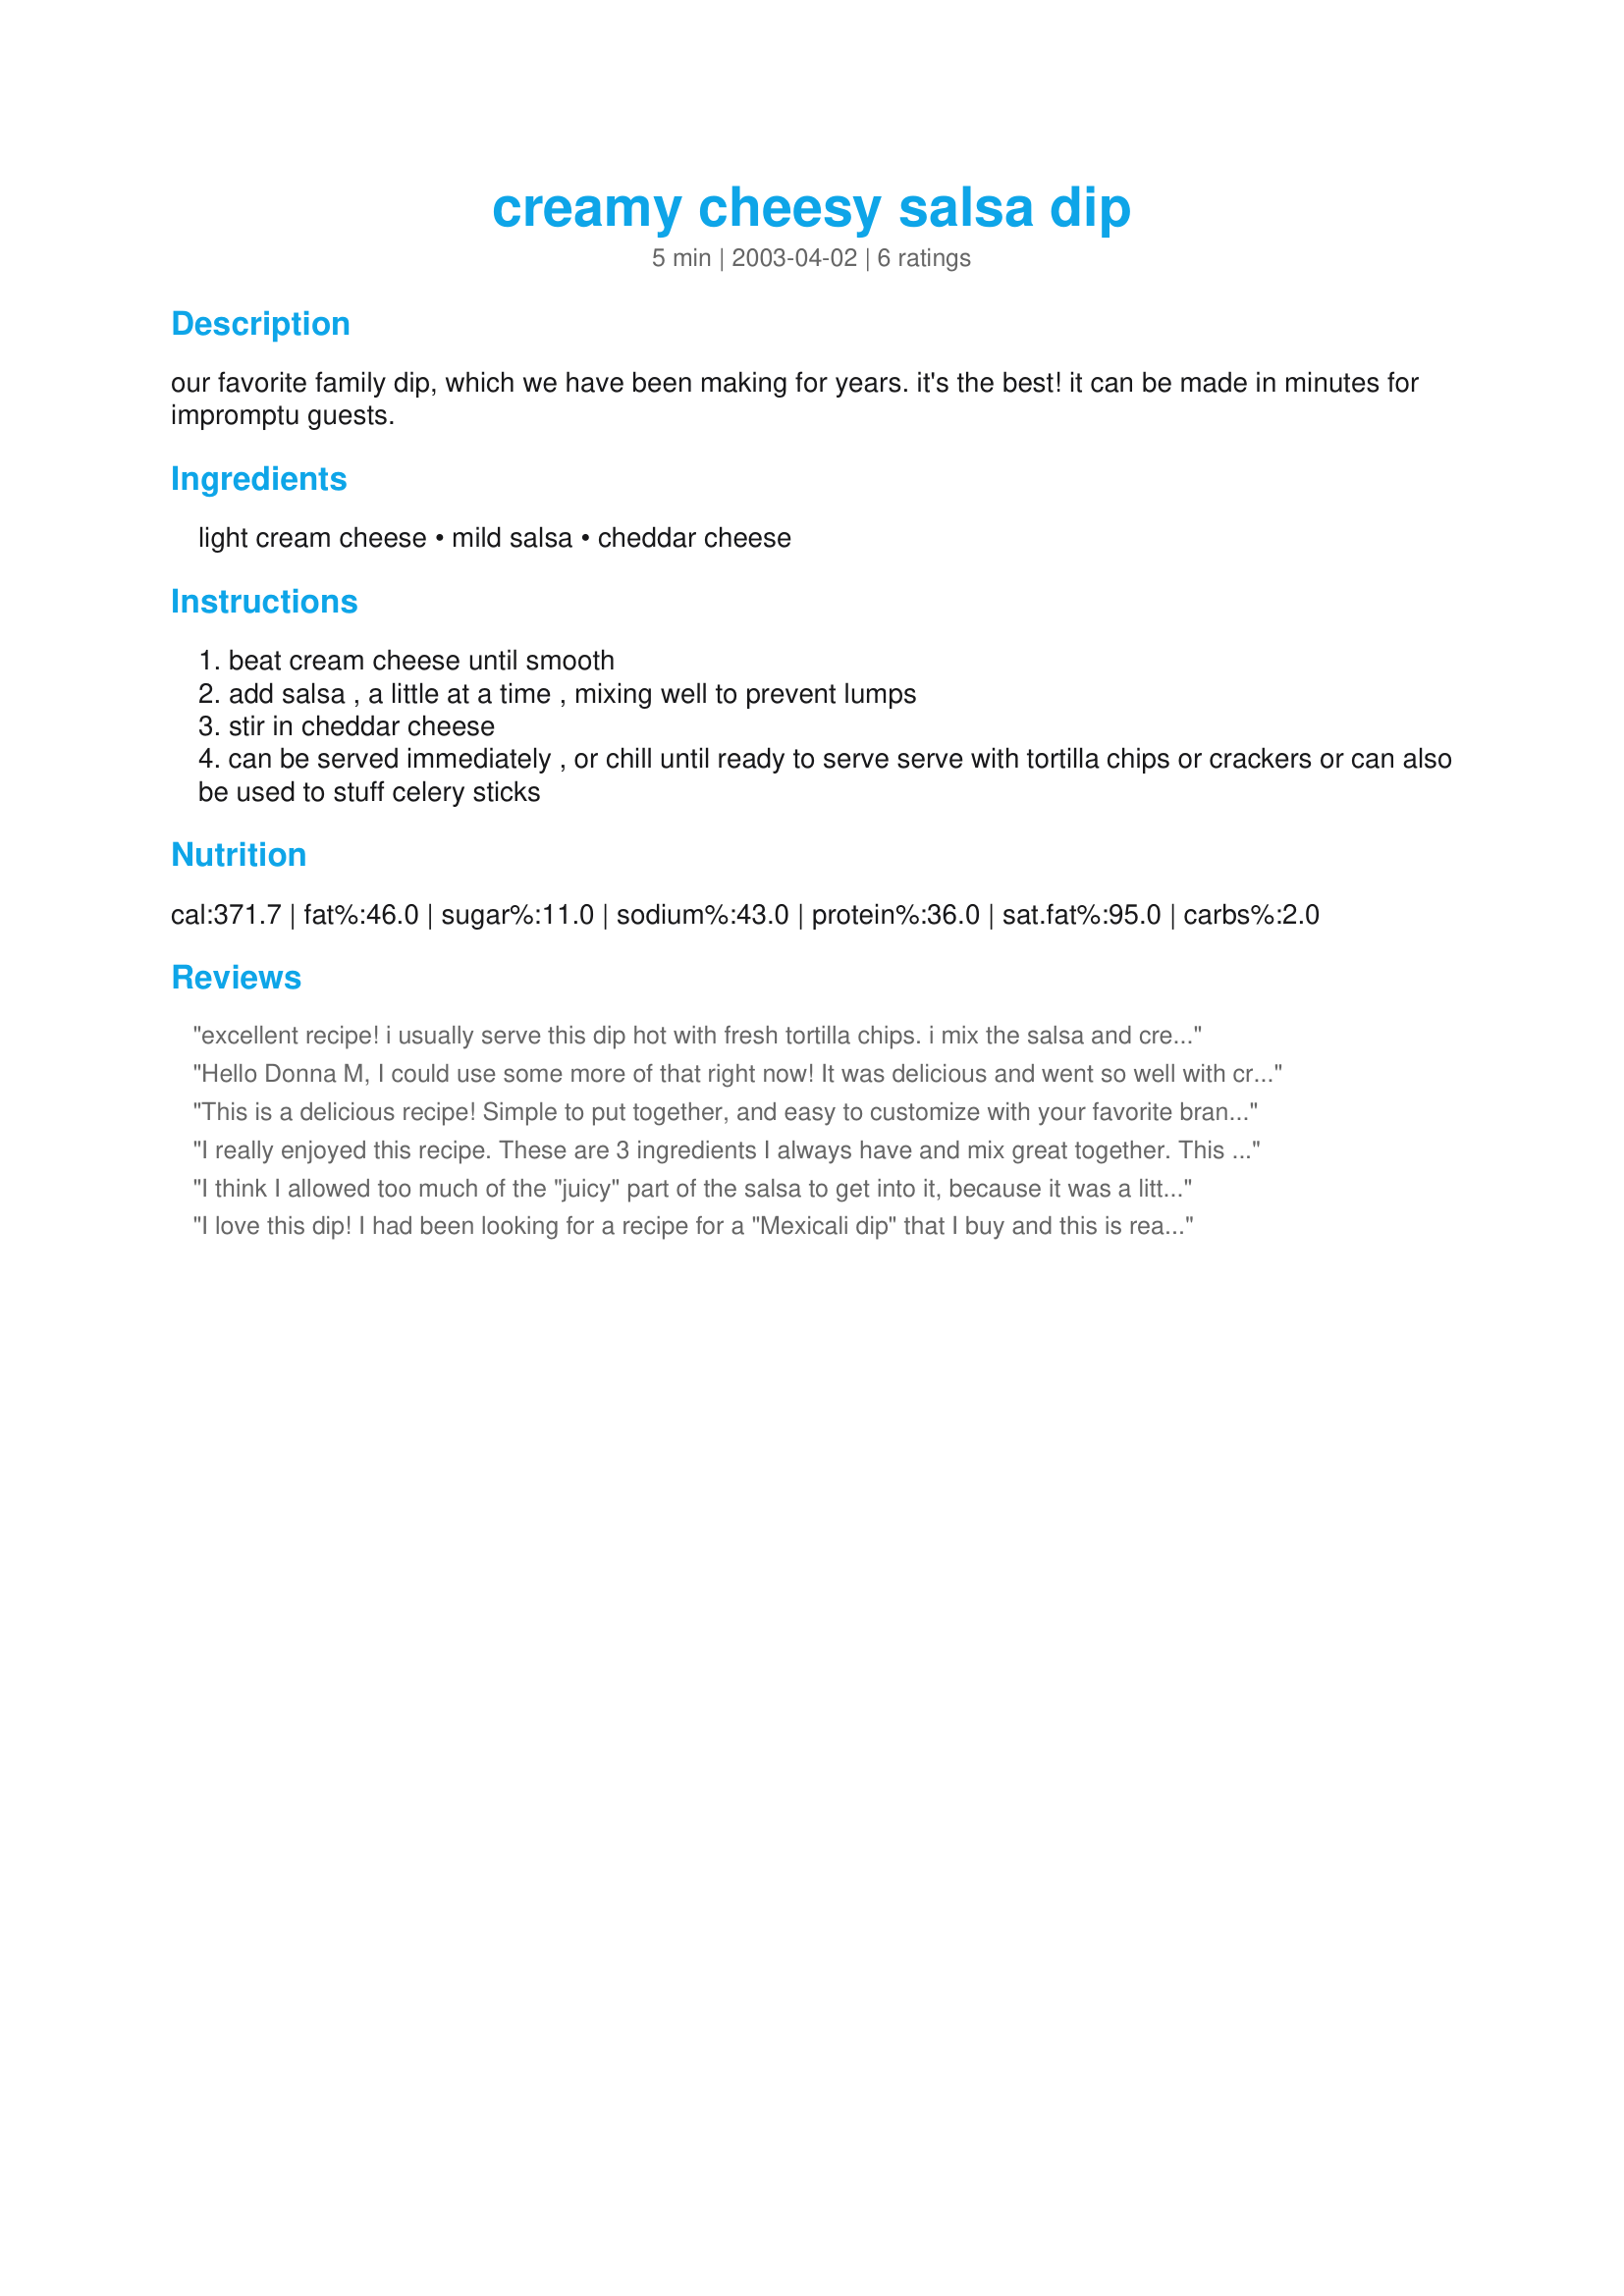
creamy cheesy salsa dip
Preparation time: 5 minutes

our favorite family dip, which we have been making for years. it's the best! it can be made in minutes for impromptu guests.

Ingredients:
light cream cheese, mild salsa, cheddar cheese

Steps:
beat cream cheese until smooth
add salsa , a little at a time , mixing well to prevent lumps
stir in cheddar cheese
can be served immediately , or chill until ready to serve serve with tortilla chips or crackers or can also be used to stuff celery sticks

Reviews:
excellent recipe! i usually serve this dip hot with fresh tortilla chips. i mix the salsa and cream cheese together and 1/2 the grated cheese. i then put it into a medium sized ramekin and then sprinkle the rest of the cheese on top. bake it until the cheese is melty and serve immediately. sooooooooo good!
Hello Donna M, I could use some more of that right now! It was delicious and went so well with crudites(celery, radishes, carrots, broccoli, & cauliflower). I doubled the recipe and served it with Japanese vegetable chips, too. Thanks for making me look so good, Diane :=)
This is a delicious recipe! Simple to put together, and easy to customize with your favorite brands and types of salsa. It takes hardly any time and is so much better than just setting out a jar of salsa and some chips. Too bad I usually have to share it!
I really enjoyed this recipe. These are 3 ingredients I always have and mix great together. This is something I will make alot.
I think I allowed too much of the "juicy" part of the salsa to get into it, because it was a little runny for me. But the taste was great!
I love this dip! I had been looking for a recipe for a "Mexicali dip" that I buy and this is really close. I will make it with a "medium" salsa next time.
